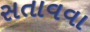
સતાવવા